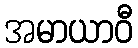
အမာယာဝီ